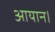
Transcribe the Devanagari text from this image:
आयान।